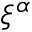
\xi ^ { \alpha }